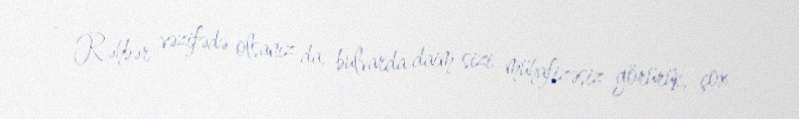
- Rəhbər vəzifədə olsanız da, bulvarda daim sizi mühafizəsiz görürük, çox